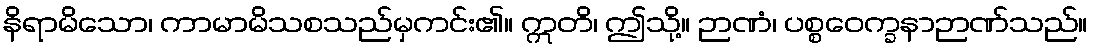
နိရာမိသော၊ ကာမာမိသစသည်မှကင်း၏။ ဣတိ၊ ဤသို့။ ဉာဏံ၊ ပစ္စဝေက္ခနာဉာဏ်သည်။